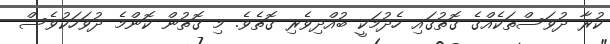
ކުރާ ދުވަސްތަކެއްގެ ގޮތުގައި ހެދުމަކީ ބުއްދިވެރި ގޮތެވެ. މި ގޮތުން ކޮންމެ ދުވަހަކުވެސް